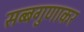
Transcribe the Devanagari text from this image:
सब्बगुणाकर